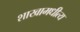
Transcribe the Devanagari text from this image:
शाखामधीत्य